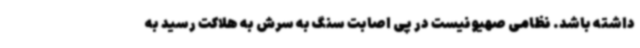
داشته باشد. نظامی صهیونیست در پی اصابت سنگ به سرش به هلاکت رسید به